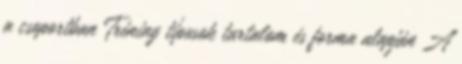
a csoportban Tréning típusok tartalom és forma alapján A